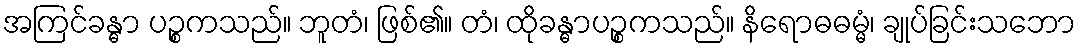
အကြင်ခန္ဓာ ပဉ္စကသည်။ ဘူတံ၊ ဖြစ်၏။ တံ၊ ထိုခန္ဓာပဉ္စကသည်။ နိရောဓဓမ္မံ၊ ချုပ်ခြင်းသဘော